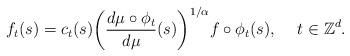
LaTeX: \begin{align*}f_t(s) = c_t(s){\left(\frac{d \mu \circ \phi_t}{d\mu}(s)\right)}^{1/\alpha}f \circ \phi_t(s),\;\; \ \ t \in\mathbb{Z}^d.\end{align*}